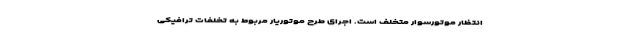
انتظار موتورسوار متخلف است. اجرای طرح موتوریار مربوط به تخلفات ترافیکی